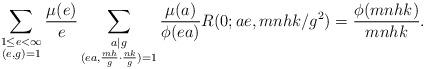
LaTeX: \begin{align*}\sum_{\substack{1\leq e<\infty \\ (e, g)=1}}\frac{\mu(e)}{e} \sum_{\substack{a|g \\ (ea,\frac{mh}{g}\cdot \frac{nk}{g})=1}} \frac{\mu(a)}{\phi(ea)}R(0;ae,mnhk/g^2) = \frac{\phi(mnhk)}{mnhk}.\end{align*}